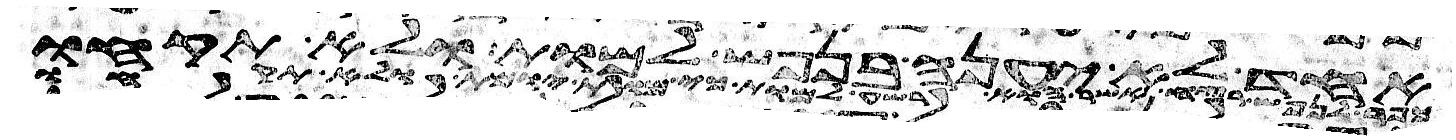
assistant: אחד לא יענה בנפש למות ולא תקחו